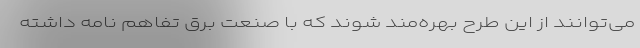
می‌توانند از این طرح بهره‌مند شوند که با صنعت برق تفاهم نامه داشته